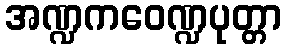
အဏ္ဍကဝေဏ္ဍပုတ္တာ